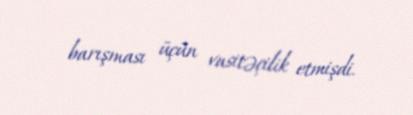
barışması üçün vasitəçilik etmişdi.